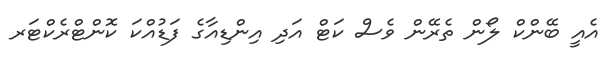
އެއީ ބޭންކް ލޯން ތެރޭން ވެސް ކަޓް އަދި އިންޑިއާގެ ފަޑުއްކަ ކޮންޓްރެކްޓަރ